Bombay plague: being a history of the progress of plague in the Bombay presidency from September 1896 to June 1899
Year: 1896
Disease focus: Plague
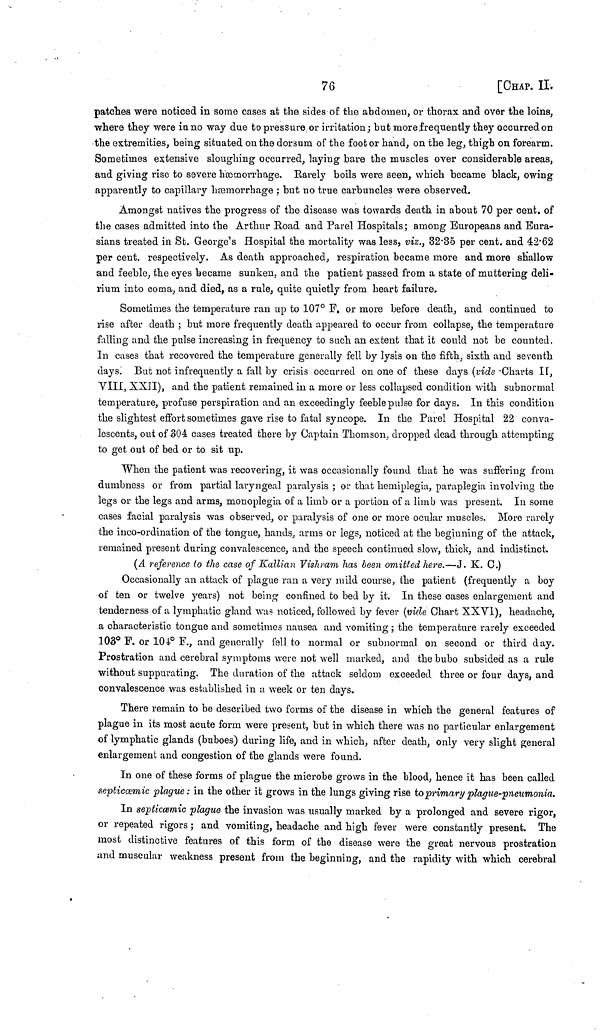
76
[CHAP. II.
patelles were noticed in some cases at the sides of the abdomen, or thorax and over the loins,
where they were in no way due to pressure or irritation; but more frequently they occurred on
the extremities, being situated on the dorsum of the foot or hand, on the leg, thigh on forearm.
Sometimes extensive sloughing occurred, laying bare the muscles over considerable areas,
and giving rise to severe hæmorrhage. Rarely boils were seen, which became black, owing
apparently to capillary hæmorrhage : but no true carbuncles were observed.
Amongst natives the progress of the disease was towards death in about 70 per cent. of
the cases admitted into the Arthur Road and Parel Hospitals ; among Europeans and Eura-
sians treated in St. George's Hospital the mortality was less, viz., 32 . 35 per cent, and 42 . 62
per cent. respectively. As death approached, respiration became more and more shallow
and feeble, the eyes became sunken, and the patient passed from a state of muttering deli-
rium into coma, and died, as a rule, quite quietly from heart failure.
Sometimes the temperature ran up to 107° F. or more before death, and continued to
rise after death ; but more frequently death appeared to occur from collapse, the temperature
falling and the pulse increasing in frequency to such an extent that it could not be counted.
In cases that recovered the temperature generally fell by lysis on the fifth, sixth and seventh
days. But not infrequently a fall by crisis occurred on one of these days (vide Charts II,
VIII, XXII), and the patient remained in a more or less collapsed condition with subnormal
temperature, profuse perspiration and an exceedingly feeble pulse for days. In this condition
the slightest effort sometimes gave rise to fatal syncope. In the Parel Hospital 22 conva-
lescents, out of 304 cases treated there by Captain Thomson, dropped dead through attempting
to get out of bed or to sit up.
When the patient was recovering, it was occasionally found that he was suffering from
dumbness or from partial laryngeal paralysis ; or that hemiplegia, paraplegia involving the
legs or the legs and arms, monoplegia of a limb or a portion of a limb was present. In some
cases facial paralysis was observed, or paralysis of one or more ocular muscles. More rarely
the inco-ordination of the tongue, hands, arms or legs, noticed at the beginning of the attack,
remained present during convalescence, and the speech continued slow, thick, and indistinct.
(A reference ίο the case of Kallian Vishram has been omitted here.—J. K. C.)
Occasionally an attack of plague ran a very mild course, the patient (frequently a boy
of ten or twelve years) not being confined to bed by it. In these cases enlargement and
tenderness of a lymphatic gland was noticed, followed by fever (vide Chart XXVI), headache,
a characteristic tongue and sometimes nausea and vomiting ; the temperature rarely exceeded
103° F. or 104° F., and generally fell to normal or subnormal on second or third day.
Prostration and cerebral symptoms were not well marked, and the bubo subsided as a rule
without suppurating. The duration of the attack seldom exceeded three or four days, and
convalescence was established in a week or ten days.
There remain to be described two forms of the disease in which the general features of
plague in its most acute form were present, but in which there was no particular enlargement
of lymphatic glands (buboes) during life, and in which, after death, only very slight general
enlargement and congestion of the glands were found.
In one of these forms of plague the microbe grows in the blood, hence it has been called
septiccemic plague: in the other it grows in the lungs giving rise to primary plague-pneumonia.
In septiccemic plague the invasion was usually marked by a prolonged and severe rigor,
or repeated rigors ; and vomiting, headache and high fever were constantly present. The
most distinctive features of this form of the disease were the great nervous prostration
und muscular weakness present from the beginning, and the rapidity with which cerebral